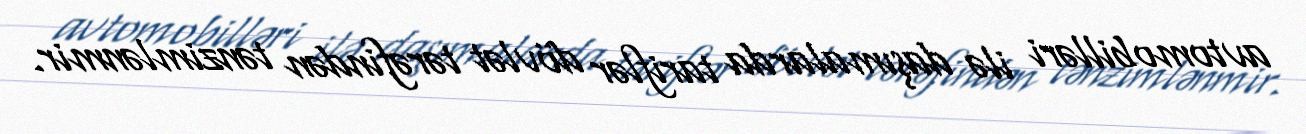
avtomobilləri ilə daşımalarda tariflər dövlət tərəfindən tənzimlənmir.